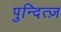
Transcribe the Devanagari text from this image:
पुन्दित्ज़